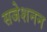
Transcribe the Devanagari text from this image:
सजेशनन